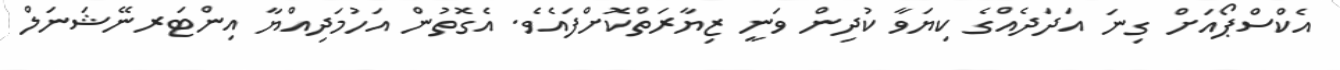
އެކްސްޕޯއަށް ގިނަ އަދަދެއްގެ ކިޔަވާ ކުދިން ވަނީ ޒިޔާރަތްކޮށްފައެވެ. އެގޮތުން އަހުމަދިއްޔާ އިންޓަރނޭޝަނަލް